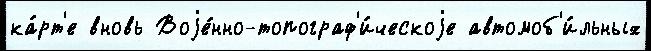
ка́рт'е вновь Воjе́нно-топограф'и́ческоjе автомоб'и́льных